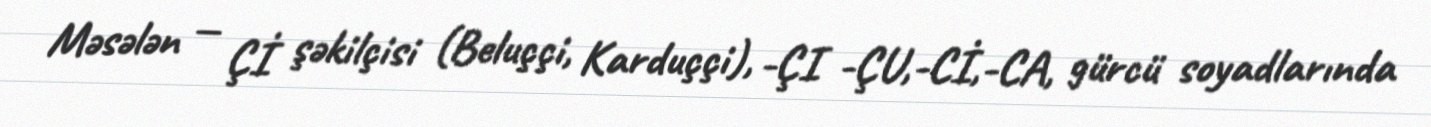
Məsələn — Çİ şəkilçisi (Beluççi, Karduççi), -ÇI -ÇU,-Cİ,-CA, gürcü soyadlarında